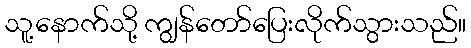
သူ့နောက်သို့ ကျွန်တော်ပြေးလိုက်သွားသည်။